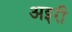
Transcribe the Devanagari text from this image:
अइरी